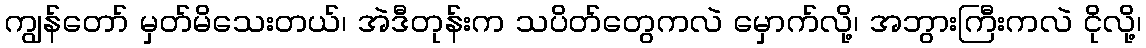
ကျွန်တော် မှတ်မိသေးတယ်၊ အဲဒီတုန်းက သပိတ်တွေကလဲ မှောက်လို့၊ အဘွားကြီးကလဲ ငိုလို့၊